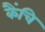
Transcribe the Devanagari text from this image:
कैंचि